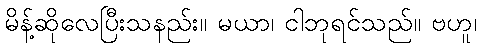
မိန့်ဆိုလေပြီးသနည်း။ မယာ၊ ငါဘုရင်သည်။ ဗဟူ၊